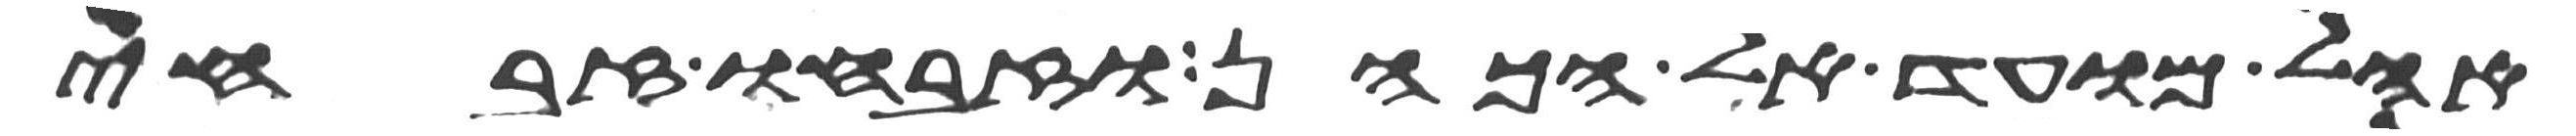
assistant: אהל מועד אל הכהן וזבחו זבחי